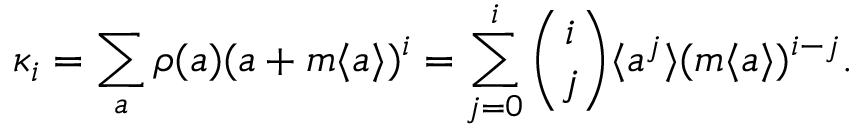
\kappa _ { i } = \sum _ { a } \rho ( a ) ( a + m \langle a \rangle ) ^ { i } = \sum _ { j = 0 } ^ { i } \binom { i } { j } \langle a ^ { j } \rangle ( m \langle a \rangle ) ^ { i - j } .